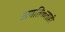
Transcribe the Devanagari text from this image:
अगतिकताही